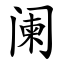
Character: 阑